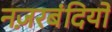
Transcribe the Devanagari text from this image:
नज़रबंदियों